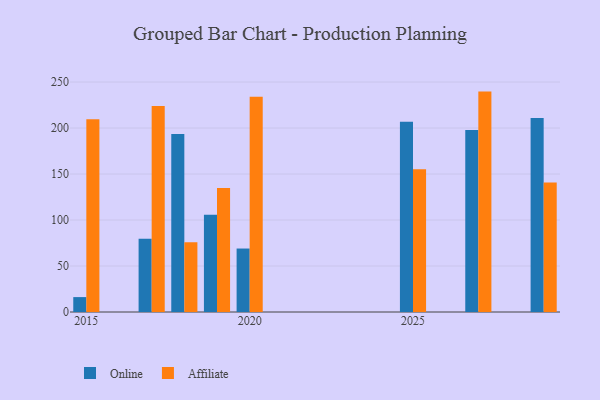
{"axis": {"x": "Year", "y": "Budget (USD K)"}, "legend": ["Affiliate", "Online"], "data": [{"x": "2027", "y": 197.8, "type": "Online"}, {"x": "2027", "y": 239.6, "type": "Affiliate"}, {"x": "2019", "y": 105.6, "type": "Online"}, {"x": "2019", "y": 134.7, "type": "Affiliate"}, {"x": "2015", "y": 16.2, "type": "Online"}, {"x": "2015", "y": 209.5, "type": "Affiliate"}, {"x": "2020", "y": 69.0, "type": "Online"}, {"x": "2020", "y": 234.0, "type": "Affiliate"}, {"x": "2018", "y": 193.5, "type": "Online"}, {"x": "2018", "y": 75.8, "type": "Affiliate"}, {"x": "2029", "y": 210.9, "type": "Online"}, {"x": "2029", "y": 140.9, "type": "Affiliate"}, {"x": "2025", "y": 206.9, "type": "Online"}, {"x": "2025", "y": 155.1, "type": "Affiliate"}, {"x": "2017", "y": 79.7, "type": "Online"}, {"x": "2017", "y": 223.9, "type": "Affiliate"}]}